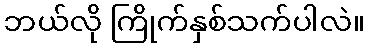
ဘယ်လို ကြိုက်နှစ်သက်ပါလဲ။